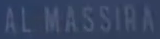
AL MASSIRA